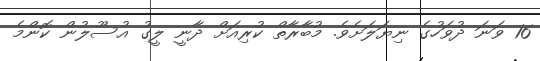
16 ވަނަ ދުވަހުގެ ނިޔަލަށެވެ. މުބާރާތް ކުރިއަށް ދާނީ ލީގު އުސޫލުން ކޮންމެ